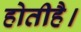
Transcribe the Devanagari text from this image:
होतीहै।